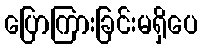
ပြောကြားခြင်းမရှိပေ